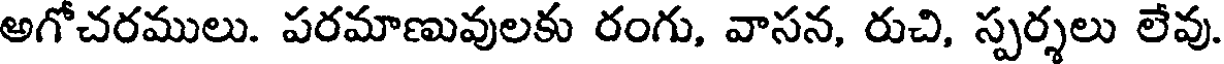
అగోచరములు. పరమాణువులకు రంగు, వాసన, రుచి, స్పర్శలు లేవు.